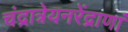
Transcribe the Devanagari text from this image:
चंद्रात्रेयनरेंद्राणां